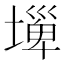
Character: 𡐕